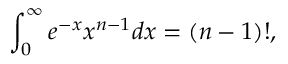
\int _ { 0 } ^ { \infty } e ^ { - x } x ^ { n - 1 } d x = ( n - 1 ) ! ,